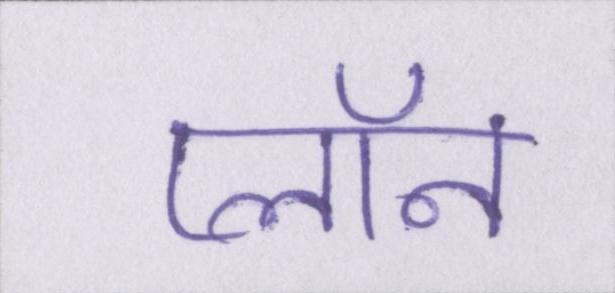
प्लॉन